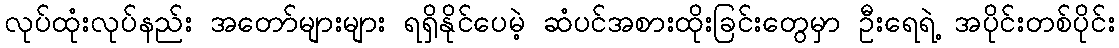
လုပ်ထုံးလုပ်နည်း အတော်များများ ရရှိနိုင်ပေမဲ့ ဆံပင်အစားထိုးခြင်းတွေမှာ ဦးရေရဲ့ အပိုင်းတစ်ပိုင်း